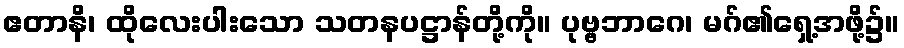
ဧတာနိ၊ ထိုလေးပါးသော သတနပဋ္ဌာန်တို့ကို။ ပုဗ္ဗဘာဂေ၊ မဂ်၏ရှေ့အဖို့၌။